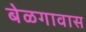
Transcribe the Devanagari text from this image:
बेळगावास